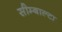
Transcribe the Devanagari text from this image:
सीम्बाल्टा